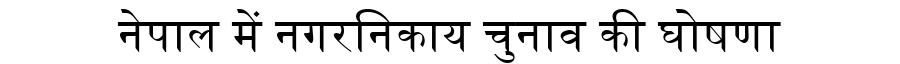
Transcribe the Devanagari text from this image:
नेपाल में नगरनिकाय चुनाव की घोषणा